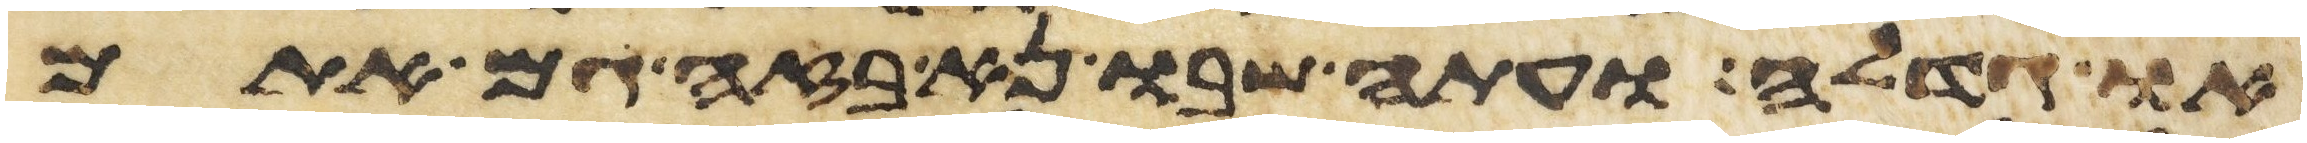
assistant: או גדלה ועתה שבו נא בזה גם אתם